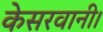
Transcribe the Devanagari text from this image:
केसरवानी।